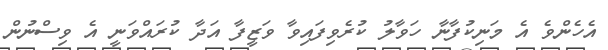
އެހެންވެ އެ މަނިކުފާނާ ހަވާލު ކުރެވިފައިވާ ވަޒީފާ އަދާ ކުރައްވަނީ އެ ވިސްނުން